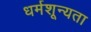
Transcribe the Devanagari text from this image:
धर्मशून्यता